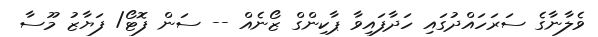
ވެލާނާގެ ސަރަހައްދުގައި ހަދާފައިވާ ޕާކިންގް ޒޯނެއް -- ސަން ފޮޓޯ/ ފަޔާޒު މޫސާ